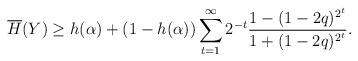
LaTeX: \begin{align*}\overline{H}(Y)\geq h(\alpha)+\left(1-h(\alpha)\right)\sum_{t=1}^{\infty}2^{-t}\frac{1-(1-2q)^{2^t}}{1+(1-2q)^{2^t}}.\end{align*}